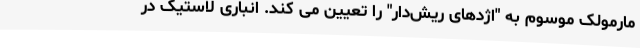
مارمولک موسوم به "اژدهای ریش‌دار" را تعیین می کند. انباری لاستیک در